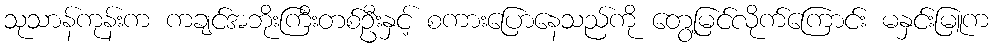
သုသာန်ကုန်းက ကချင်အဘိုးကြီးတစ်ဦးနှင့် စကားပြောနေသည်ကို တွေ့မြင်လိုက်ကြောင်း မနှင်းမြူက